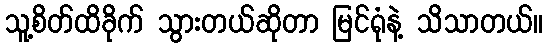
သူ့စိတ်ထိခိုက် သွားတယ်ဆိုတာ မြင်ရုံနဲ့ သိသာတယ်။